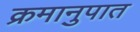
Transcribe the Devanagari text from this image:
क्रमानुपात